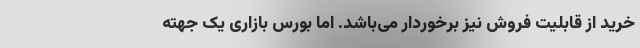
خرید از قابلیت فروش نیز برخوردار می‌باشد. اما بورس بازاری یک جهته